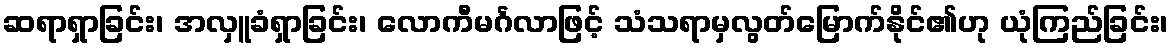
ဆရာရှာခြင်း၊ အလှူခံရှာခြင်း၊ လောကီမင်္ဂလာဖြင့် သံသရာမှလွတ်မြောက်နိုင်၏ဟု ယုံကြည်ခြင်း၊